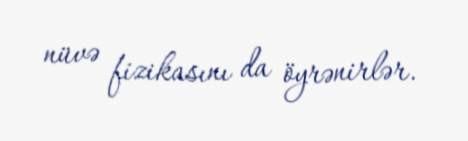
nüvə fizikasını da öyrənirlər.